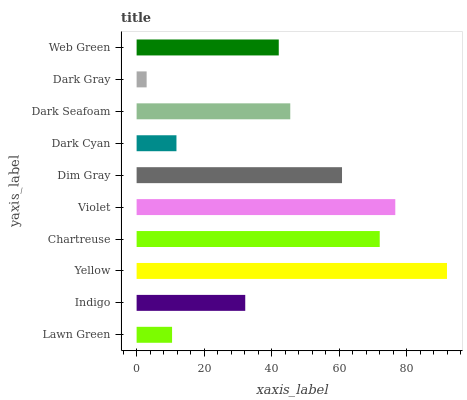
| yaxis_label | bars |
 | --- | --- |
 | Lawn Green | 10.5 |
 | Indigo | 32.2 |
 | Yellow | 91.9 |
 | Chartreuse | 72 |
 | Violet | 76.6 |
 | Dim Gray | 60.8 |
 | Dark Cyan | 11.8 |
 | Dark Seafoam | 45.5 |
 | Dark Gray | 2.97 |
 | Web Green | 42.1 |